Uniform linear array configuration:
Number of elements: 32
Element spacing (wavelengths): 0.5
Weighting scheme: kaiser
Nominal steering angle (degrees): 30
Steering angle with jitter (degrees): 31.437
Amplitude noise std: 0.05
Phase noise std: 0.05

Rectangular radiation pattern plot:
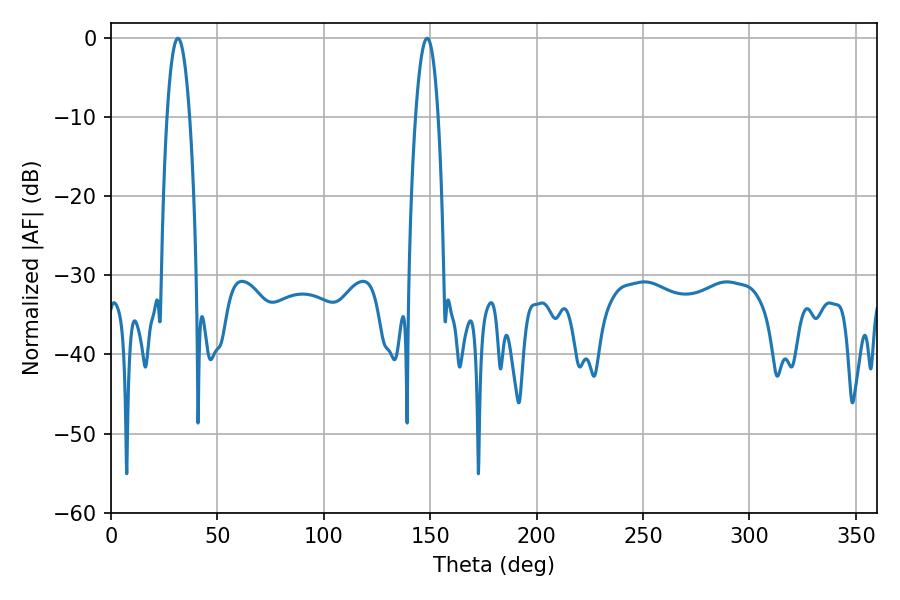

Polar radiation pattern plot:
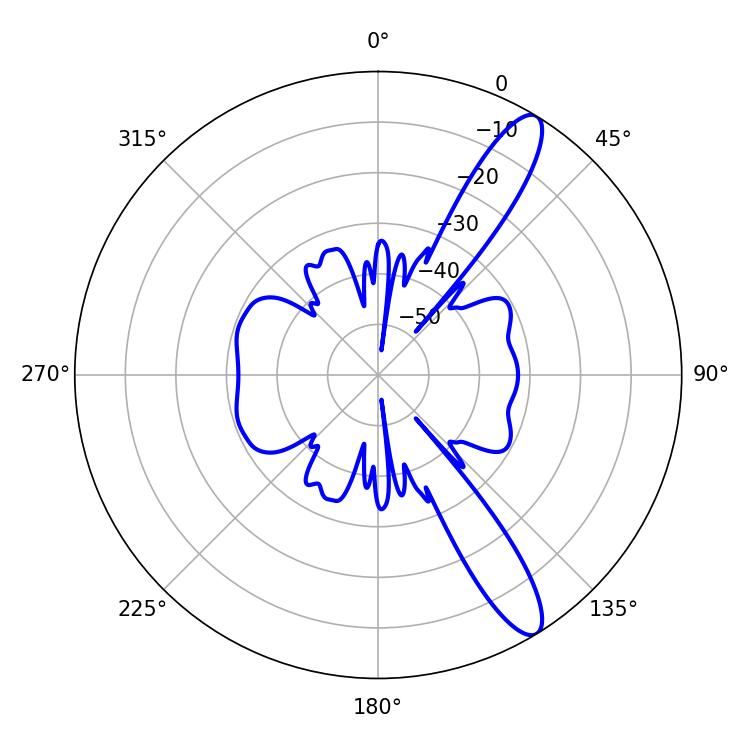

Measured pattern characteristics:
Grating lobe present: FALSE
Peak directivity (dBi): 12.395
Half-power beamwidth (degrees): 5.76
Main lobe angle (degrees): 31.5